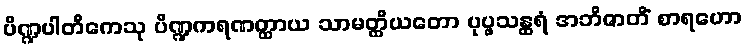
ပိဏ္ဍပါတိကေသု ပိဏ္ဍကရဏတ္ထာယ သာမတ္ထိယတော ပုပ္ဖသန္ထရံ အဘိဇာတိံ စာရဟော